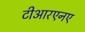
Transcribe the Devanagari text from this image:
टीआरएनए